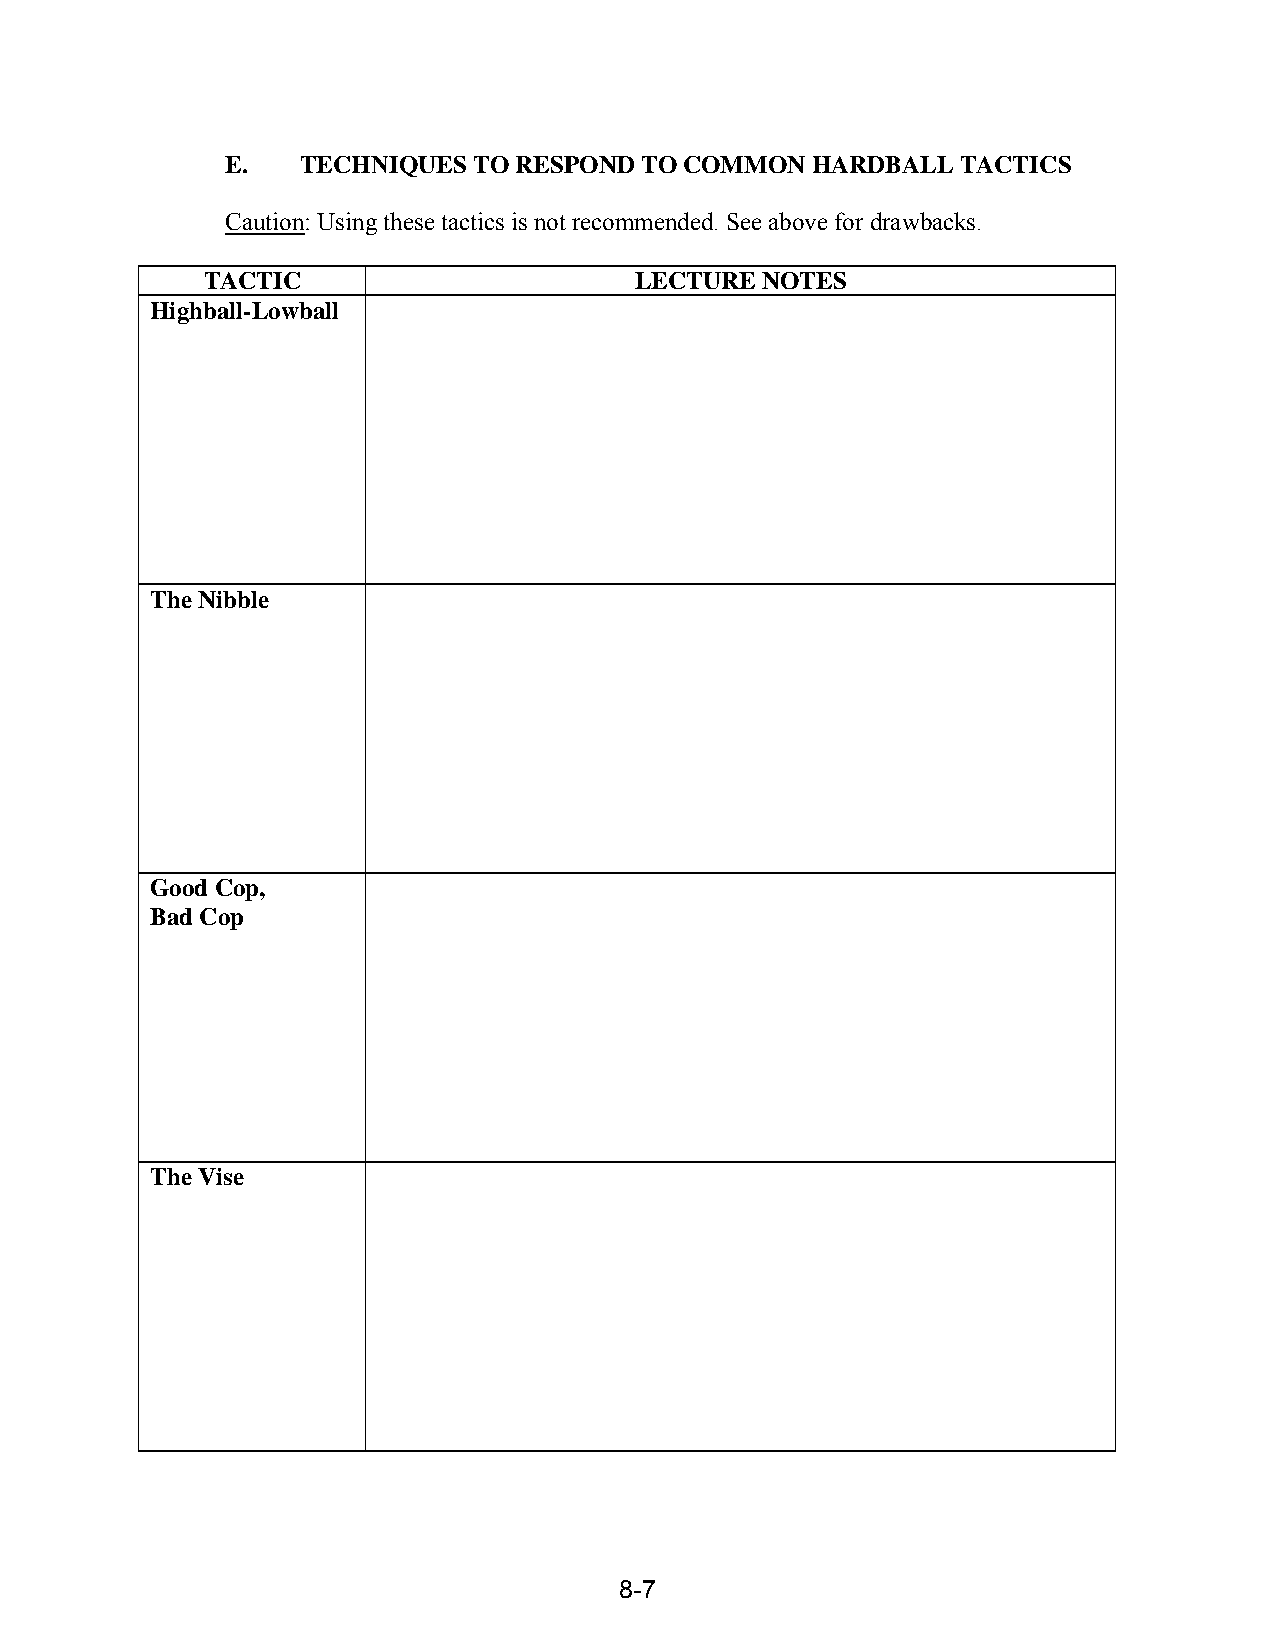
E.   TECHNIQUES TO RESPOND TO COMMON   HARDBALL  TACTICS
 Caution: Using these tactics is not recommended. See above for drawbacks.
 TACTIC                       LECTURE NOTES
 Highball-Lowball
 The Nibble
 Good Cop,
 Bad Cop
 The Vise
 8-7